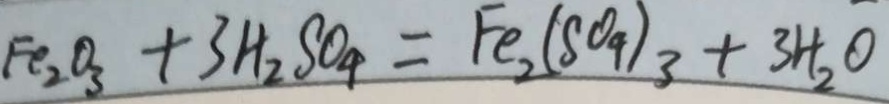
F e _ { 2 } O _ { 3 } + 3 H _ { 2 } S O _ { 4 } = F e _ { 2 } ( S O _ { 4 } ) _ { 3 } + 3 H _ { 2 } O